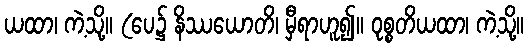
ယထာ၊ ကဲ့သို့။ (ပေ၌ နိဿယောတိ၊ မှီရာဟူ၍။ ဝုစ္စတိယထာ၊ ကဲ့သို့။